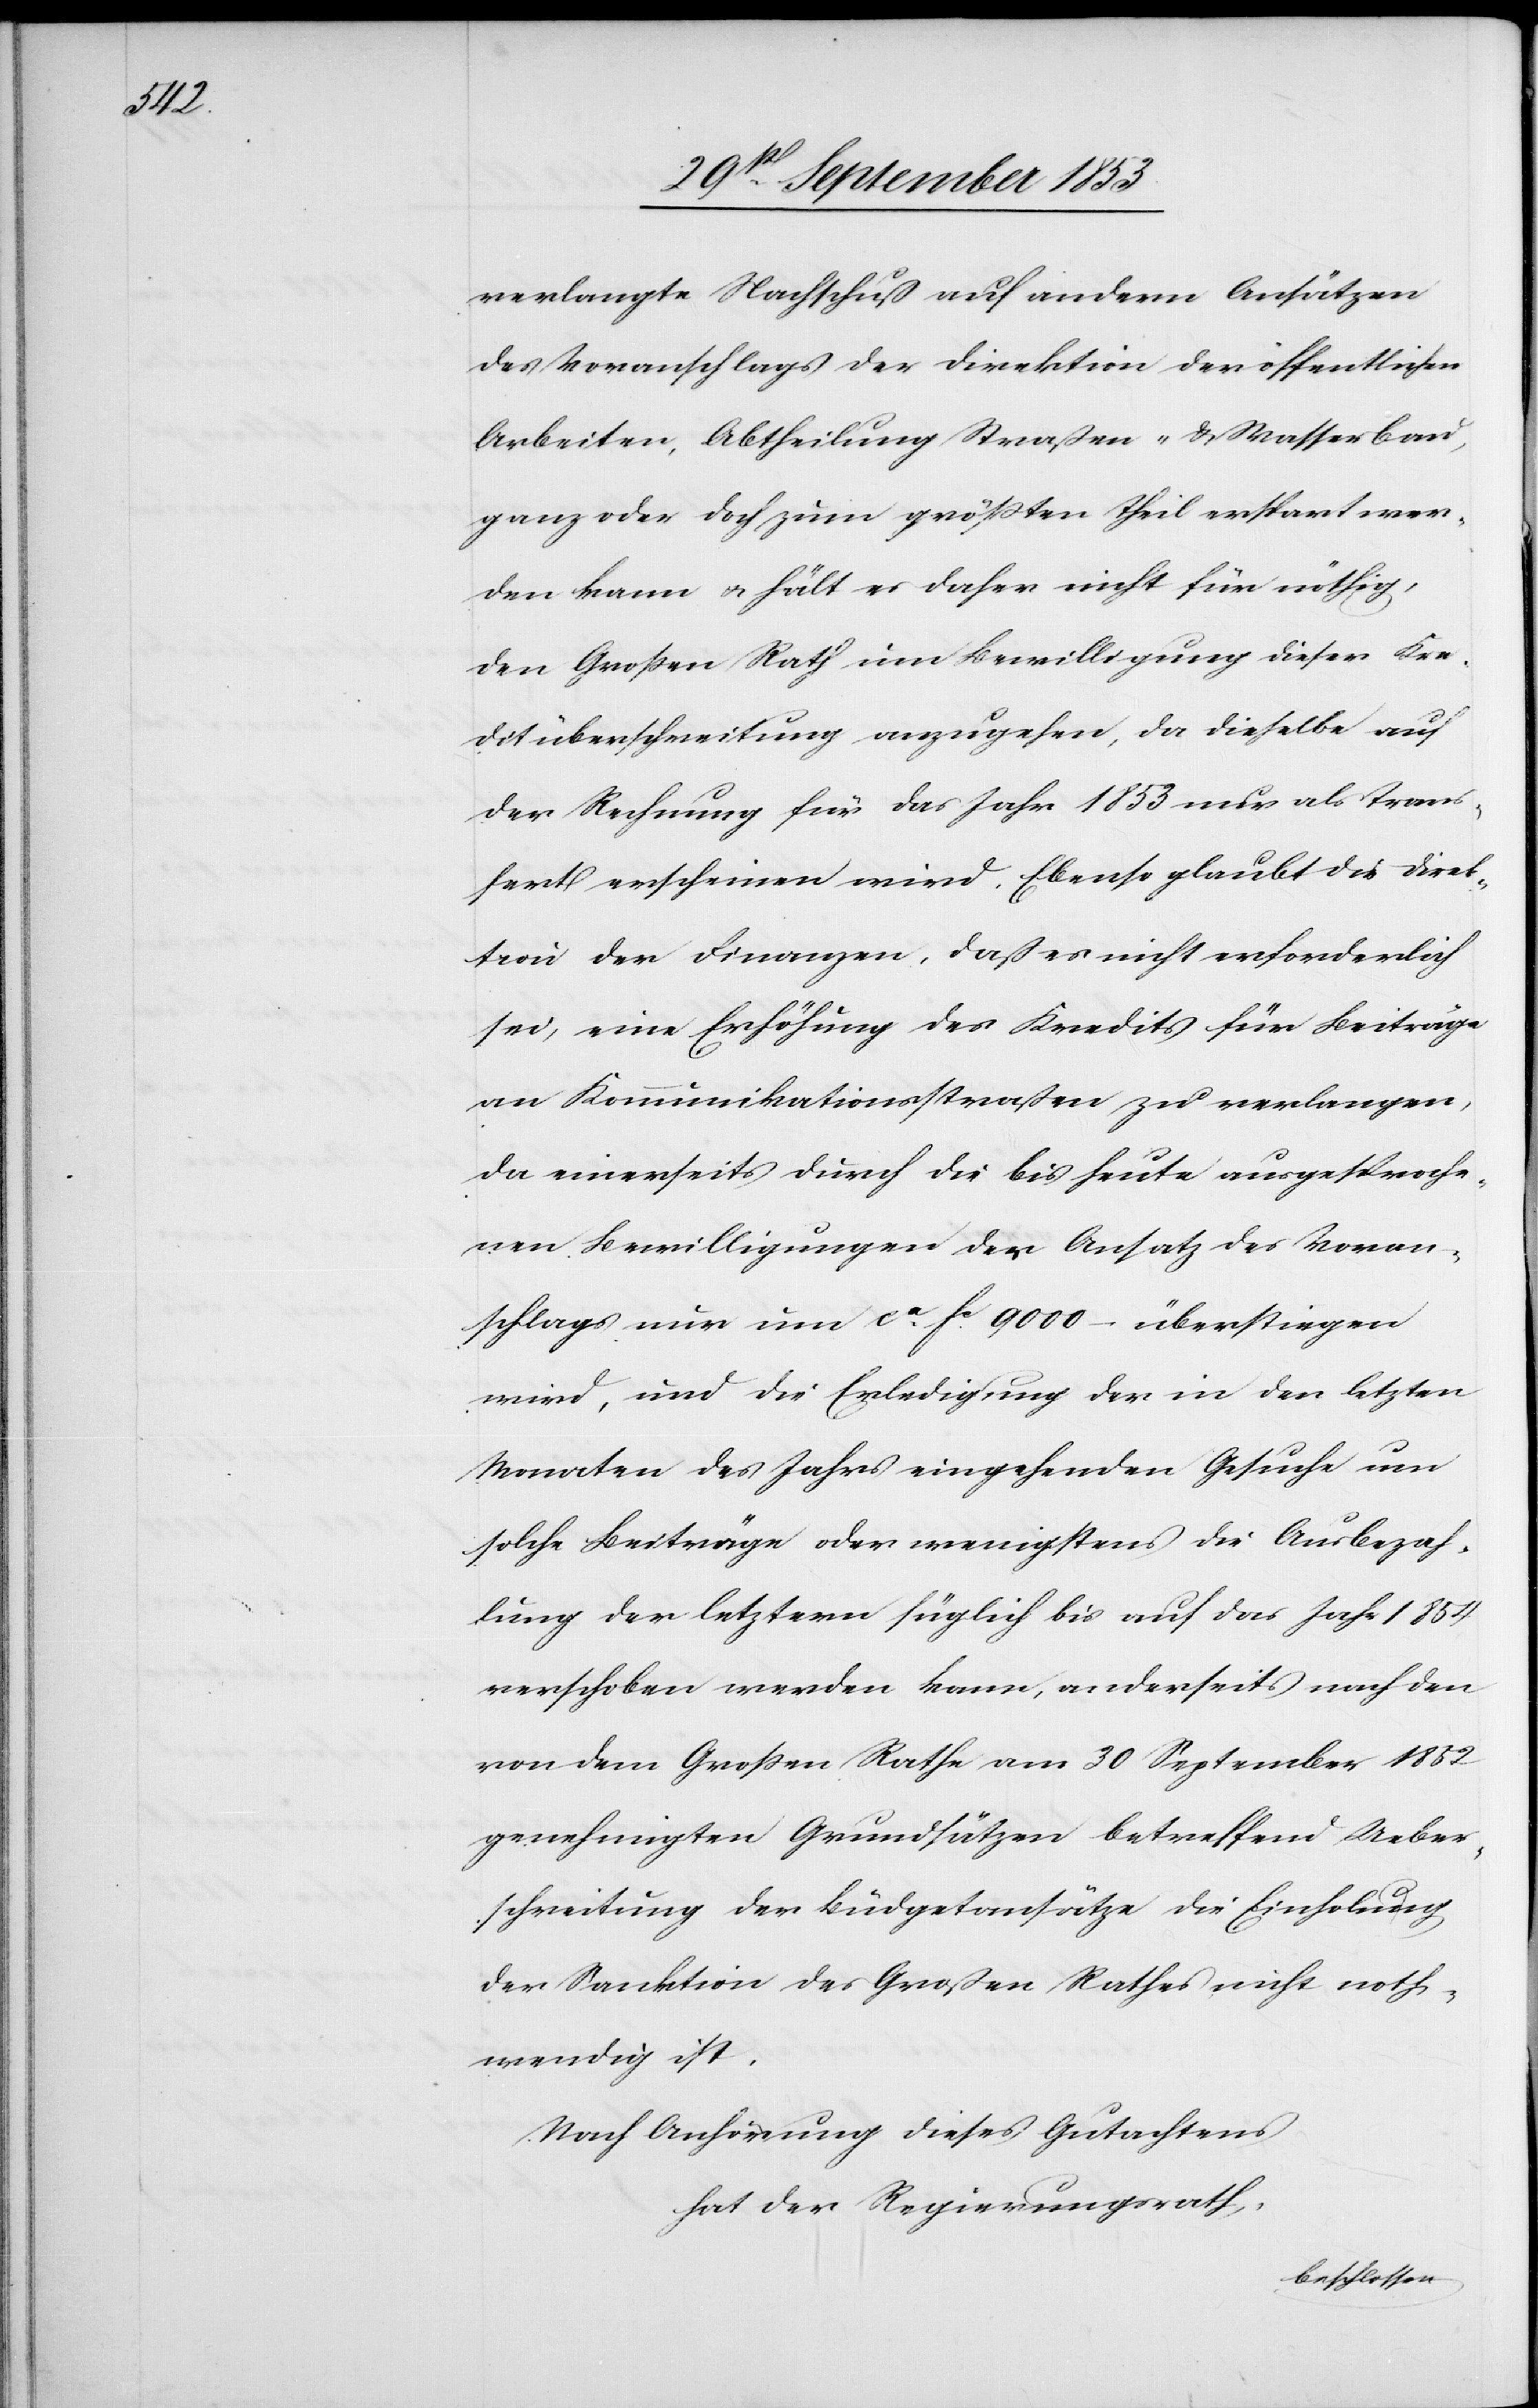
Kre¬

verlangte Nachschub auf andern Ansätzen
des Voranschlages der Direktion der öffentlichen
Arbeiten, Abtheilung Straßen- u. Wasserbau,
ganz oder doch zum größten Theil erspart wer¬
ditüberschreitung anzugehen, da dieselbe auf
der Rechnung für das Jahr 1853 nur als Trans¬
fert erscheinen wird. Ebenso glaubt die Direk¬
tion der Finanzen, daß es nicht erforderlich
sei, eine Erhöhung des Kredits für Beiträge
an Kommunikationsstraßen zu verlangen,
da einerseits durch die bis heute ausgesproche¬
nen Bewilligungen der Ansatz des Voran¬
schlages nur um ca 9000 – übersteigen
wird, und die Erledigung der in den letzten
Monaten des Jahres eingehenden Gesuche um
solche Beiträge oder wenigstens die Ausbezah¬
lung der letztern füglich bis auf das Jahr 1854
verschoben werden kann, anderseits nach den
von dem Großen Rathe am 30 September 1852
genehmigten Grundsätzen betreffend Ueber¬
schreitung der Büdgetansätze die Einholung,
der Sanktion des Großen Rathes nicht noth¬
wendig ist.
Nach Anhörung dieses Gutachtens,
hat der Regierungsrath,